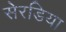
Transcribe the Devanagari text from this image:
सेरडिया